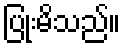
ပြုံးမိသည်။